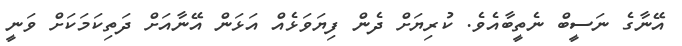
އޭނާގެ ނަސީބް ނެތީބާއެވެ. ކުރިޔަށް ދެން ފިޔަވަޅެއް އަޅަން އޭނާއަށް ދަތިކަމަކަށް ވަނީ